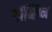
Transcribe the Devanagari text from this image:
गॉब्लिन